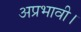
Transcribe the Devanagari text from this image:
अप्रभावी।